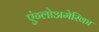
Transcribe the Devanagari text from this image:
एंग्लोअमेरिका